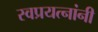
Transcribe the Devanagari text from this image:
स्वप्रयत्‍नांनी